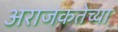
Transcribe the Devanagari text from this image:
अराजकतेच्या